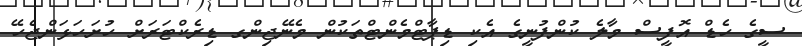
ސީގެ ހެޑް އޮފީސް މާލެ ކުންފުނީގެ އެކި ޑިޕާޓްމެންޓްތަކުން މެނޭޖިންގ ޑިރެކްޓަރަށް ހުށަހަޅަންޖެހޭ